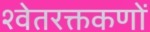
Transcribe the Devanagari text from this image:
श्वेतरक्तकणों